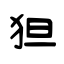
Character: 狚